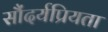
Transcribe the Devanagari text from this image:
सौंदर्यप्रियता